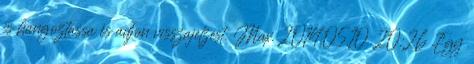
is hangoztassa és adjon visszajelzést. Max. 2014.05.10. 20:26 Egy